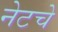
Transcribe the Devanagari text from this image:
नेटचे